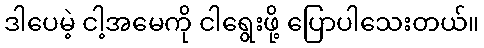
ဒါပေမဲ့ ငါ့အမေကို ငါရွေးဖို့ ပြောပါသေးတယ်။